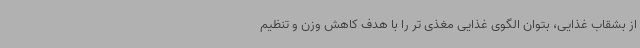
از بشقاب غذایی، بتوان الگوی غذایی مغذی تر را با هدف کاهش وزن و تنظیم